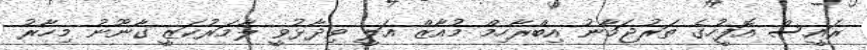
ރައީސް އޮފީހުގެ ތަރުޖަމާނު އިބްރާހިމް މުއާޒް އަލީ ވިދާޅުވީ ލާމަރުކަޒީ ގާނޫނު މިހާރު